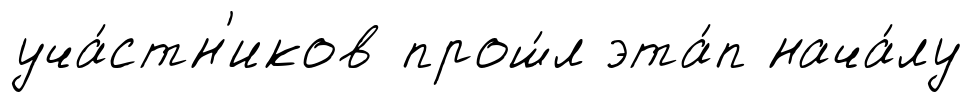
уча́стн'иков прош́л эта́п нача́лу